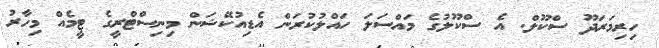
ހިރިމަރަދޫ ސްކޫލް. އެ ސްކޫލުގެ މައްސަލަ ހައްލުކުރަން އެޑިއުކޭޝަން މިނިސްޓްރީގެ ޓީމެއް މިހާރު